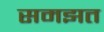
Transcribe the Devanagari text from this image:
समझत